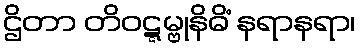
ဌိတာ တိဝဋ္ဋမ္ဗုနိဓိံ နရာနရာ၊